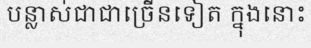
បន្លាស់ជាជាច្រើនទៀត ក្នុងនោះ